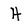
Character: H